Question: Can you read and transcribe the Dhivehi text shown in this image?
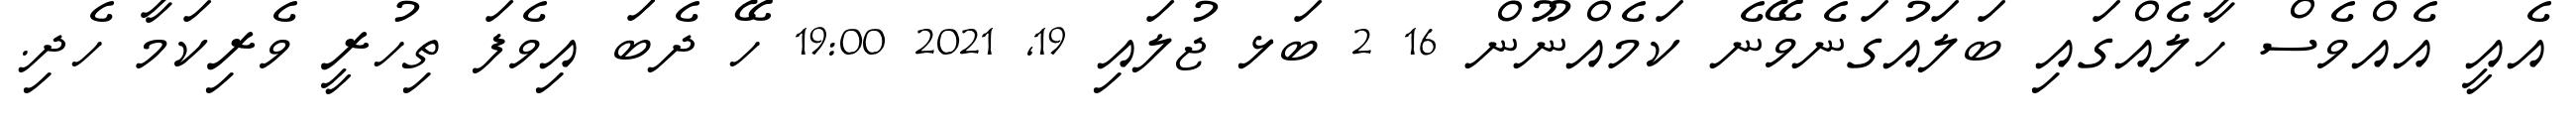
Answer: އެއީ އެއްވެސް ހާލެއްގައި ބަލައުގަނެވޭނެ ކަމެއްނޫން 16 2 ބަޅ ޖުލައި 19, 2021 19:00 ހޭ ދެބަ އިވެފަ ތިހުރީ ވެރިކަމާ ހެދި.